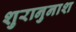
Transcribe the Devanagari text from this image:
शुरानुनाश